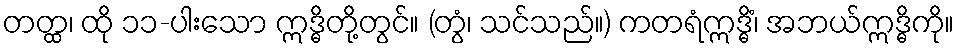
တတ္ထ၊ ထို ၁၁-ပါးသော ဣဒ္ဓိတို့တွင်။ (တွံ၊ သင်သည်။) ကတရံဣဒ္ဓိံ၊ အဘယ်ဣဒ္ဓိကို။